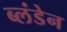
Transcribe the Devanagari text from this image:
ब्लंडेन